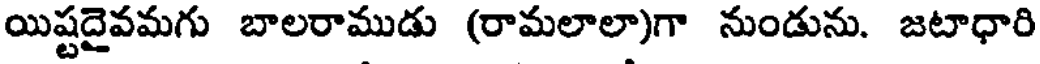
యిష్టదైవమగు బాలరాముడు (రామలాలా)గా నుండును. జటాధారి